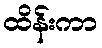
ထိန်းကာ